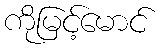
ကိုမြင့်မောင်